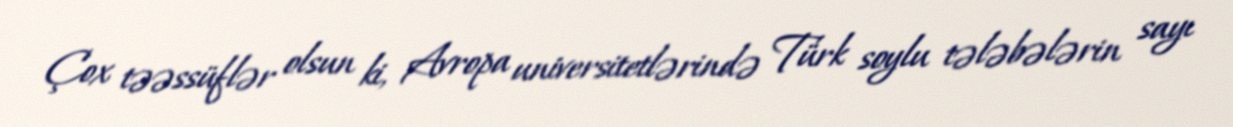
Çox təəssüflər olsun ki, Avropa universitetlərində Türk soylu tələbələrin sayı